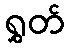
ရွှတ်